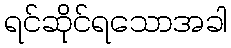
ရင်ဆိုင်ရသောအခါ